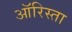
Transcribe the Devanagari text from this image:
ऑरिस्ता